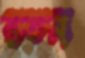
রতন